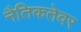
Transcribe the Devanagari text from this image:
नैतिकतेवर